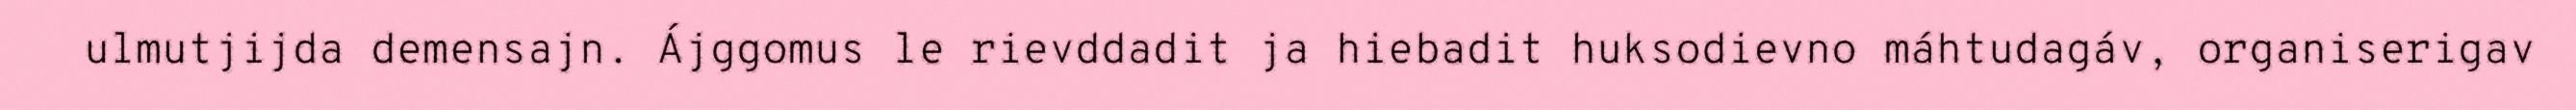
ulmutjijda demensajn. Ájggomus le rievddadit ja hiebadit huksodievno máhtudagáv, organiserigav